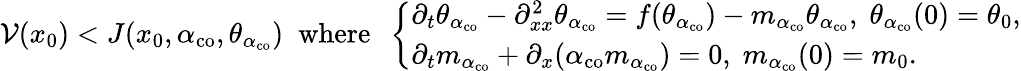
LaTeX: {\mathcal V}(x_{0})<J(x_{0},\alpha_{\mathrm{co}},\theta_{\alpha_{\mathrm{co}}})\; \mathrm{~where~}\; \left\{ \begin{array}{ll}{\partial_{t}\theta_{\alpha_{\mathrm{co}}}-\partial_{xx}^{2}\theta_{\alpha_{\mathrm{co}}}=f(\theta_{\alpha_{\mathrm{co}}})-m_{\alpha_{\mathrm{co}}}\theta_{\alpha_{\mathrm{co}}},\; \theta_{\alpha_{\mathrm{co}}}(0)=\theta_{0},}\\ {\partial_{t}m_{\alpha_{\mathrm{co}}}+\partial_{x}(\alpha_{\mathrm{co}}m_{\alpha_{\mathrm{co}}})=0,\; m_{\alpha_{\mathrm{co}}}(0)=m_{0}.}\end{array}\right.